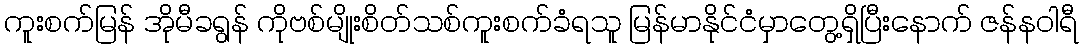
ကူးစက်မြန် အိုမီခရွန် ကိုဗစ်မျိုးစိတ်သစ်ကူးစက်ခံရသူ မြန်မာနိုင်ငံမှာတွေ့ရှိပြီးနောက် ဇန်နဝါရီ